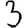
Digit: 3